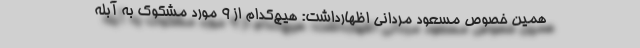
همین خصوص مسعود مردانی اظهارداشت: هیچ‌کدام از ۹ مورد مشکوک به آبله